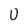
Character: U